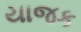
યાજક